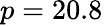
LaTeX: p=20.8\